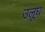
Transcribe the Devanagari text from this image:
उलूघ